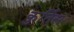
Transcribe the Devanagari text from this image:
कुर्तिस